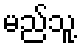
မည်သူ့